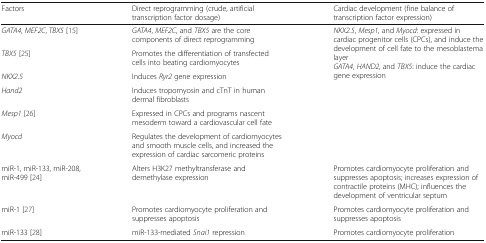
<table><thead><tr><td><b>Factors</b></td><td><b>Direct reprogramming (crude, artificial transcription factor dosage)</b></td><td><b>Cardiac development (fine balance of transcription factor expression)</b></td></tr></thead><tbody><tr><td><i>GATA4</i>, <i>MEF2C</i>, <i>TBX5</i> [15]</td><td><i>GATA4</i>, <i>MEF2C</i>, and <i>TBX5</i> are the core components of direct reprogramming</td><td rowspan="6"><i>NKX2.5</i>, <i>Mesp1</i>, and <i>Myocd</i>: expressed in cardiac progenitor cells (CPCs), and induce the development of cell fate to the mesoblastema layer<i>GATA4</i>, <i>HAND2</i>, and <i>TBX5</i>: induce the cardiac gene expression</td></tr><tr><td><i>TBX5</i> [25]</td><td>Promotes the differentiation of transfected cells into beating cardiomyocytes</td></tr><tr><td><i>NKX2.5</i></td><td>Induces <i>Ryr2</i> gene expression</td></tr><tr><td><i>Hand2</i></td><td>Induces tropomyosin and cTnT in human dermal fibroblasts</td></tr><tr><td><i>Mesp1</i> [26]</td><td>Expressed in CPCs and programs nascent mesoderm toward a cardiovascular cell fate</td></tr><tr><td><i>Myocd</i></td><td>Regulates the development of cardiomyocytes and smooth muscle cells, and increased the expression of cardiac sarcomeric proteins</td></tr><tr><td>miR-1, miR-133, miR-208, miR-499 [24]</td><td>Alters H3K27 methyltransferase and demethylase expression</td><td>Promotes cardiomyocyte proliferation and suppresses apoptosis; increases expression of contractile proteins (MHC); influences the development of ventricular septum</td></tr><tr><td>miR-1 [27]</td><td>Promotes cardiomyocyte proliferation and suppresses apoptosis</td><td>Promotes cardiomyocyte proliferation and suppresses apoptosis</td></tr><tr><td>miR-133 [28]</td><td>miR-133-mediated <i>Snai1</i> repression</td><td>Promotes cardiomyocyte proliferation</td></tr></tbody></table>